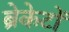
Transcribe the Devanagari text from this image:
ब्रेकेटों